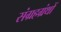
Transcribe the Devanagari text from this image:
संग्रहग्रंथों